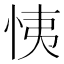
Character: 恞